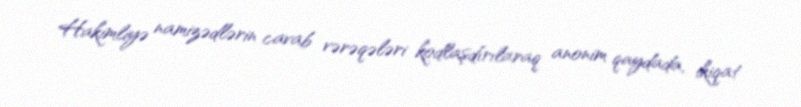
Hakimliyə namizədlərin cavab vərəqələri kodlaşdırılaraq anonim qaydada, ikiqat